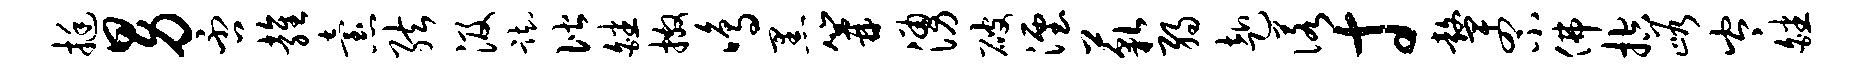
挺男否雍怠弦汲踟偕皤撒鸣黑篝涌破湮藐弱赴诺寸鼙罘佛控峪岑皤